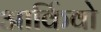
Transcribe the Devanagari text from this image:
आर्किवो